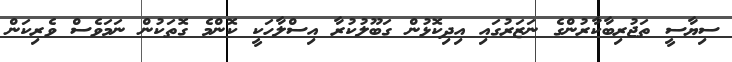
ސިޔާސީ ތަޖުރިބާކާރުންގެ ނަޒަރުގައި އިދިކޮޅުން ގަބޫލުކުރާ އިސްލާހަކީ ކޮންމެ ގޮތަކުން ނަމަވެސް ވެރިކަން